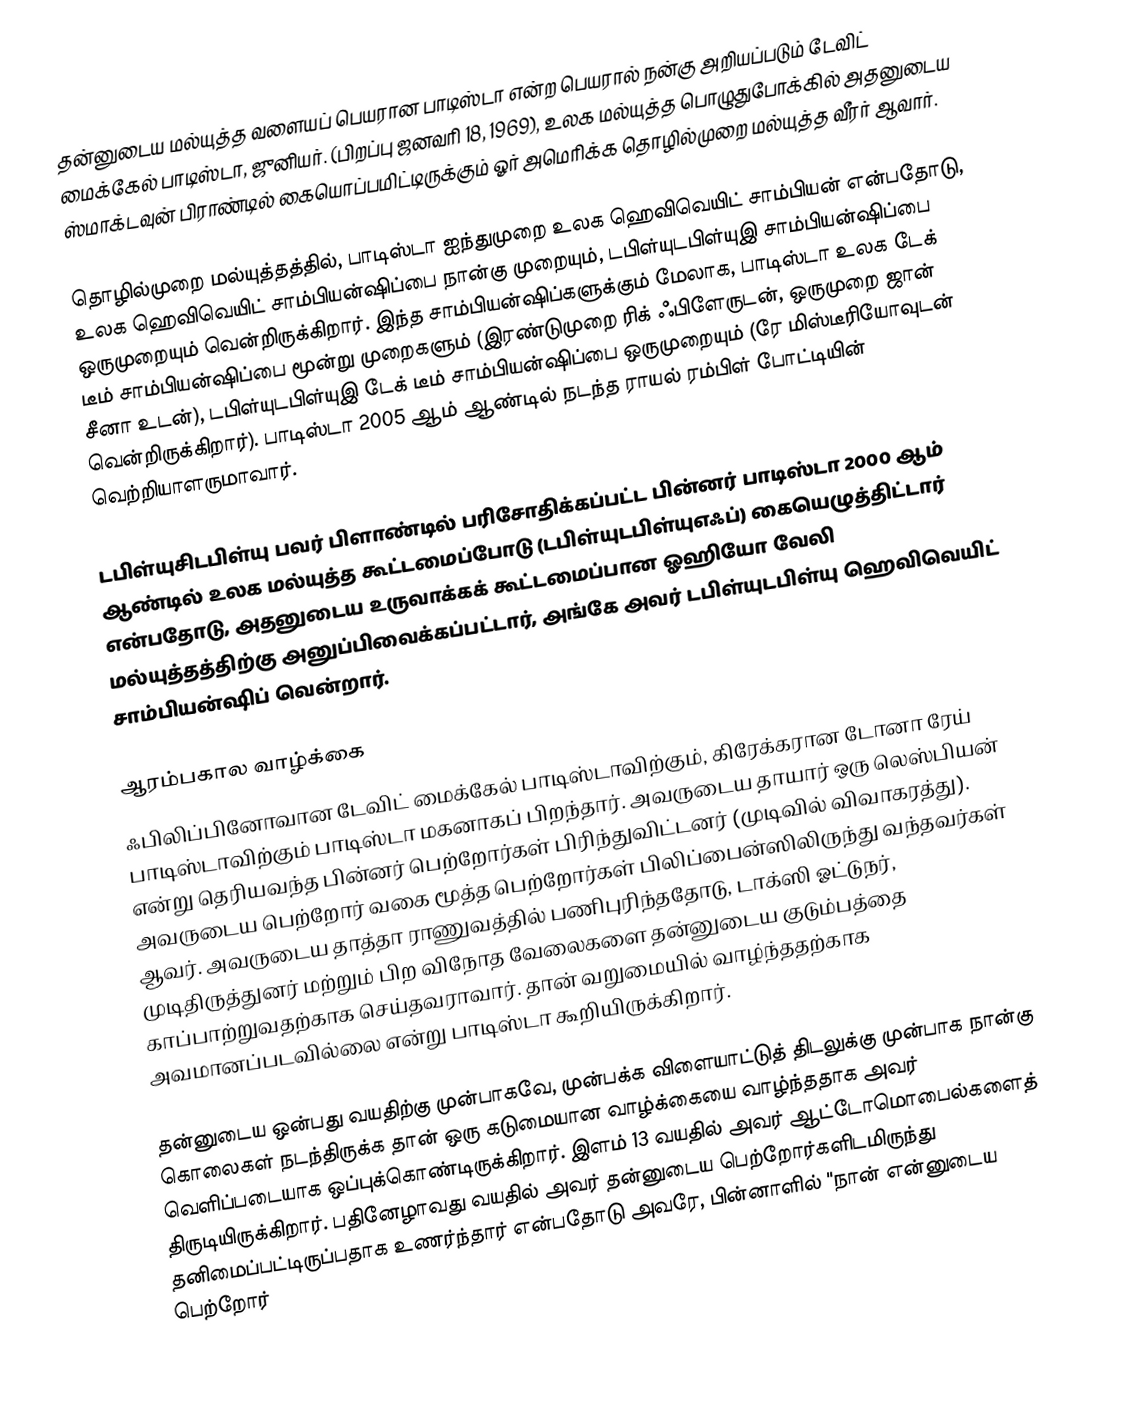
தன்னுடைய மல்யுத்த வளையப் பெயரான பாடிஸ்டா என்ற பெயரால் நன்கு அறியப்படும் டேவிட் மைக்கேல் பாடிஸ்டா, ஜுனியர்.  (பிறப்பு ஜனவரி 18, 1969), உலக மல்யுத்த பொழுதுபோக்கில் அதனுடைய ஸ்மாக்டவுன் பிராண்டில் கையொப்பமிட்டிருக்கும் ஓர் அமெரிக்க தொழில்முறை மல்யுத்த வீரர் ஆவார்.

தொழில்முறை மல்யுத்தத்தில், பாடிஸ்டா ஐந்துமுறை உலக ஹெவிவெயிட் சாம்பியன் என்பதோடு, உலக ஹெவிவெயிட் சாம்பியன்ஷிப்பை நான்கு முறையும், டபிள்யுடபிள்யுஇ சாம்பியன்ஷிப்பை ஒருமுறையும் வென்றிருக்கிறார். இந்த சாம்பியன்ஷிப்களுக்கும் மேலாக, பாடிஸ்டா உலக டேக் டீம் சாம்பியன்ஷிப்பை மூன்று முறைகளும் (இரண்டுமுறை ரிக் ஃபிளேருடன், ஒருமுறை ஜான் சீனா உடன்), டபிள்யுடபிள்யுஇ டேக் டீம் சாம்பியன்ஷிப்பை ஒருமுறையும் (ரே மிஸ்டீரியோவுடன் வென்றிருக்கிறார்). பாடிஸ்டா 2005 ஆம் ஆண்டில் நடந்த ராயல் ரம்பிள் போட்டியின் வெற்றியாளருமாவார்.

டபிள்யுசிடபிள்யு பவர் பிளாண்டில் பரிசோதிக்கப்பட்ட பின்னர் பாடிஸ்டா 2000 ஆம் ஆண்டில் உலக மல்யுத்த கூட்டமைப்போடு (டபிள்யுடபிள்யுஎஃப்) கையெழுத்திட்டார் என்பதோடு, அதனுடைய உருவாக்கக் கூட்டமைப்பான ஓஹியோ வேலி மல்யுத்தத்திற்கு அனுப்பிவைக்கப்பட்டார், அங்கே அவர் டபிள்யுடபிள்யு ஹெவிவெயிட் சாம்பியன்ஷிப் வென்றார்.

ஆரம்பகால வாழ்க்கை
ஃபிலிப்பினோவான டேவிட் மைக்கேல் பாடிஸ்டாவிற்கும், கிரேக்கரான டோனா ரேய் பாடிஸ்டாவிற்கும் பாடிஸ்டா மகனாகப் பிறந்தார். அவருடைய தாயார் ஒரு லெஸ்பியன் என்று தெரியவந்த பின்னர் பெற்றோர்கள் பிரிந்துவிட்டனர் (முடிவில் விவாகரத்து). அவருடைய பெற்றோர் வகை மூத்த பெற்றோர்கள் பிலிப்பைன்ஸிலிருந்து வந்தவர்கள் ஆவர்.  அவருடைய தாத்தா ராணுவத்தில் பணிபுரிந்ததோடு, டாக்ஸி ஓட்டுநர், முடிதிருத்துனர் மற்றும் பிற விநோத வேலைகளை தன்னுடைய குடும்பத்தை காப்பாற்றுவதற்காக செய்தவராவார். தான் வறுமையில் வாழ்ந்ததற்காக அவமானப்படவில்லை என்று பாடிஸ்டா கூறியிருக்கிறார்.

தன்னுடைய ஒன்பது வயதிற்கு முன்பாகவே, முன்பக்க விளையாட்டுத் திடலுக்கு முன்பாக நான்கு கொலைகள் நடந்திருக்க தான் ஒரு கடுமையான வாழ்க்கையை வாழ்ந்ததாக அவர் வெளிப்படையாக ஒப்புக்கொண்டிருக்கிறார். இளம் 13 வயதில் அவர் ஆட்டோமொபைல்களைத் திருடியிருக்கிறார். பதினேழாவது வயதில் அவர் தன்னுடைய பெற்றோர்களிடமிருந்து தனிமைப்பட்டிருப்பதாக உணர்ந்தார் என்பதோடு அவரே, பின்னாளில் "நான் என்னுடைய பெற்றோர்